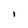
Character: i